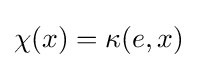
\chi (x)=\kappa (e,x)